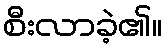
စီးလာခဲ့၏။